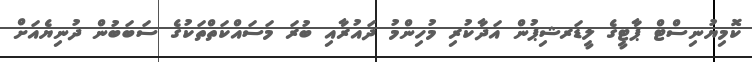
ކޮމިޔުނިސްޓް ޕާޓީގެ ލީޑަރޝިޕުން އަދާކުރި މުހިންމު ދައުރާއި ބުރަ މަސައްކަތްތަކުގެ ސަބަބުން ދުނިޔެއަށް